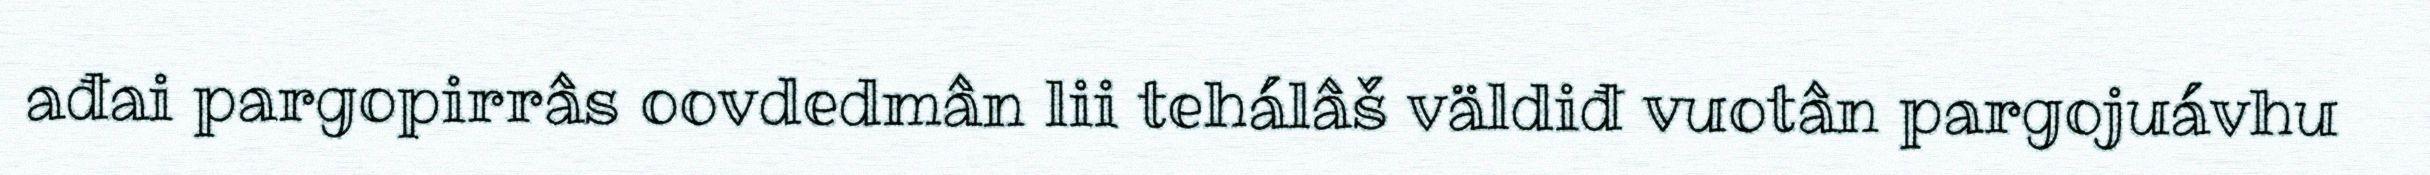
ađai pargopirrâs oovdedmân lii tehálâš väldiđ vuotân pargojuávhu